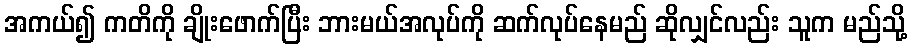
အကယ်၍ ကတိကို ချိုးဖောက်ပြီး ဘားမယ်အလုပ်ကို ဆက်လုပ်နေမည် ဆိုလျှင်လည်း သူက မည်သို့